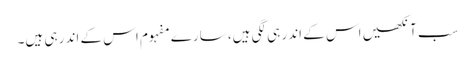
سب آنکھیں اس کے اندر ہی لگی ہیں، سارے مفہوم اس کے اندر ہی ہیں۔